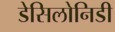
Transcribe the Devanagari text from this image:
डेसिलोनिडी